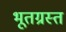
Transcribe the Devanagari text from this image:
भूतग्रस्त